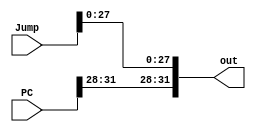
module JumpConcat(out, Jump, PC);
  input [31:0] Jump, PC;
  output [31:0] out;
  assign {out} = {{PC[31:28]}, {Jump[27:0]}};
endmodule